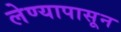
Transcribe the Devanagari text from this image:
लेण्यापासून